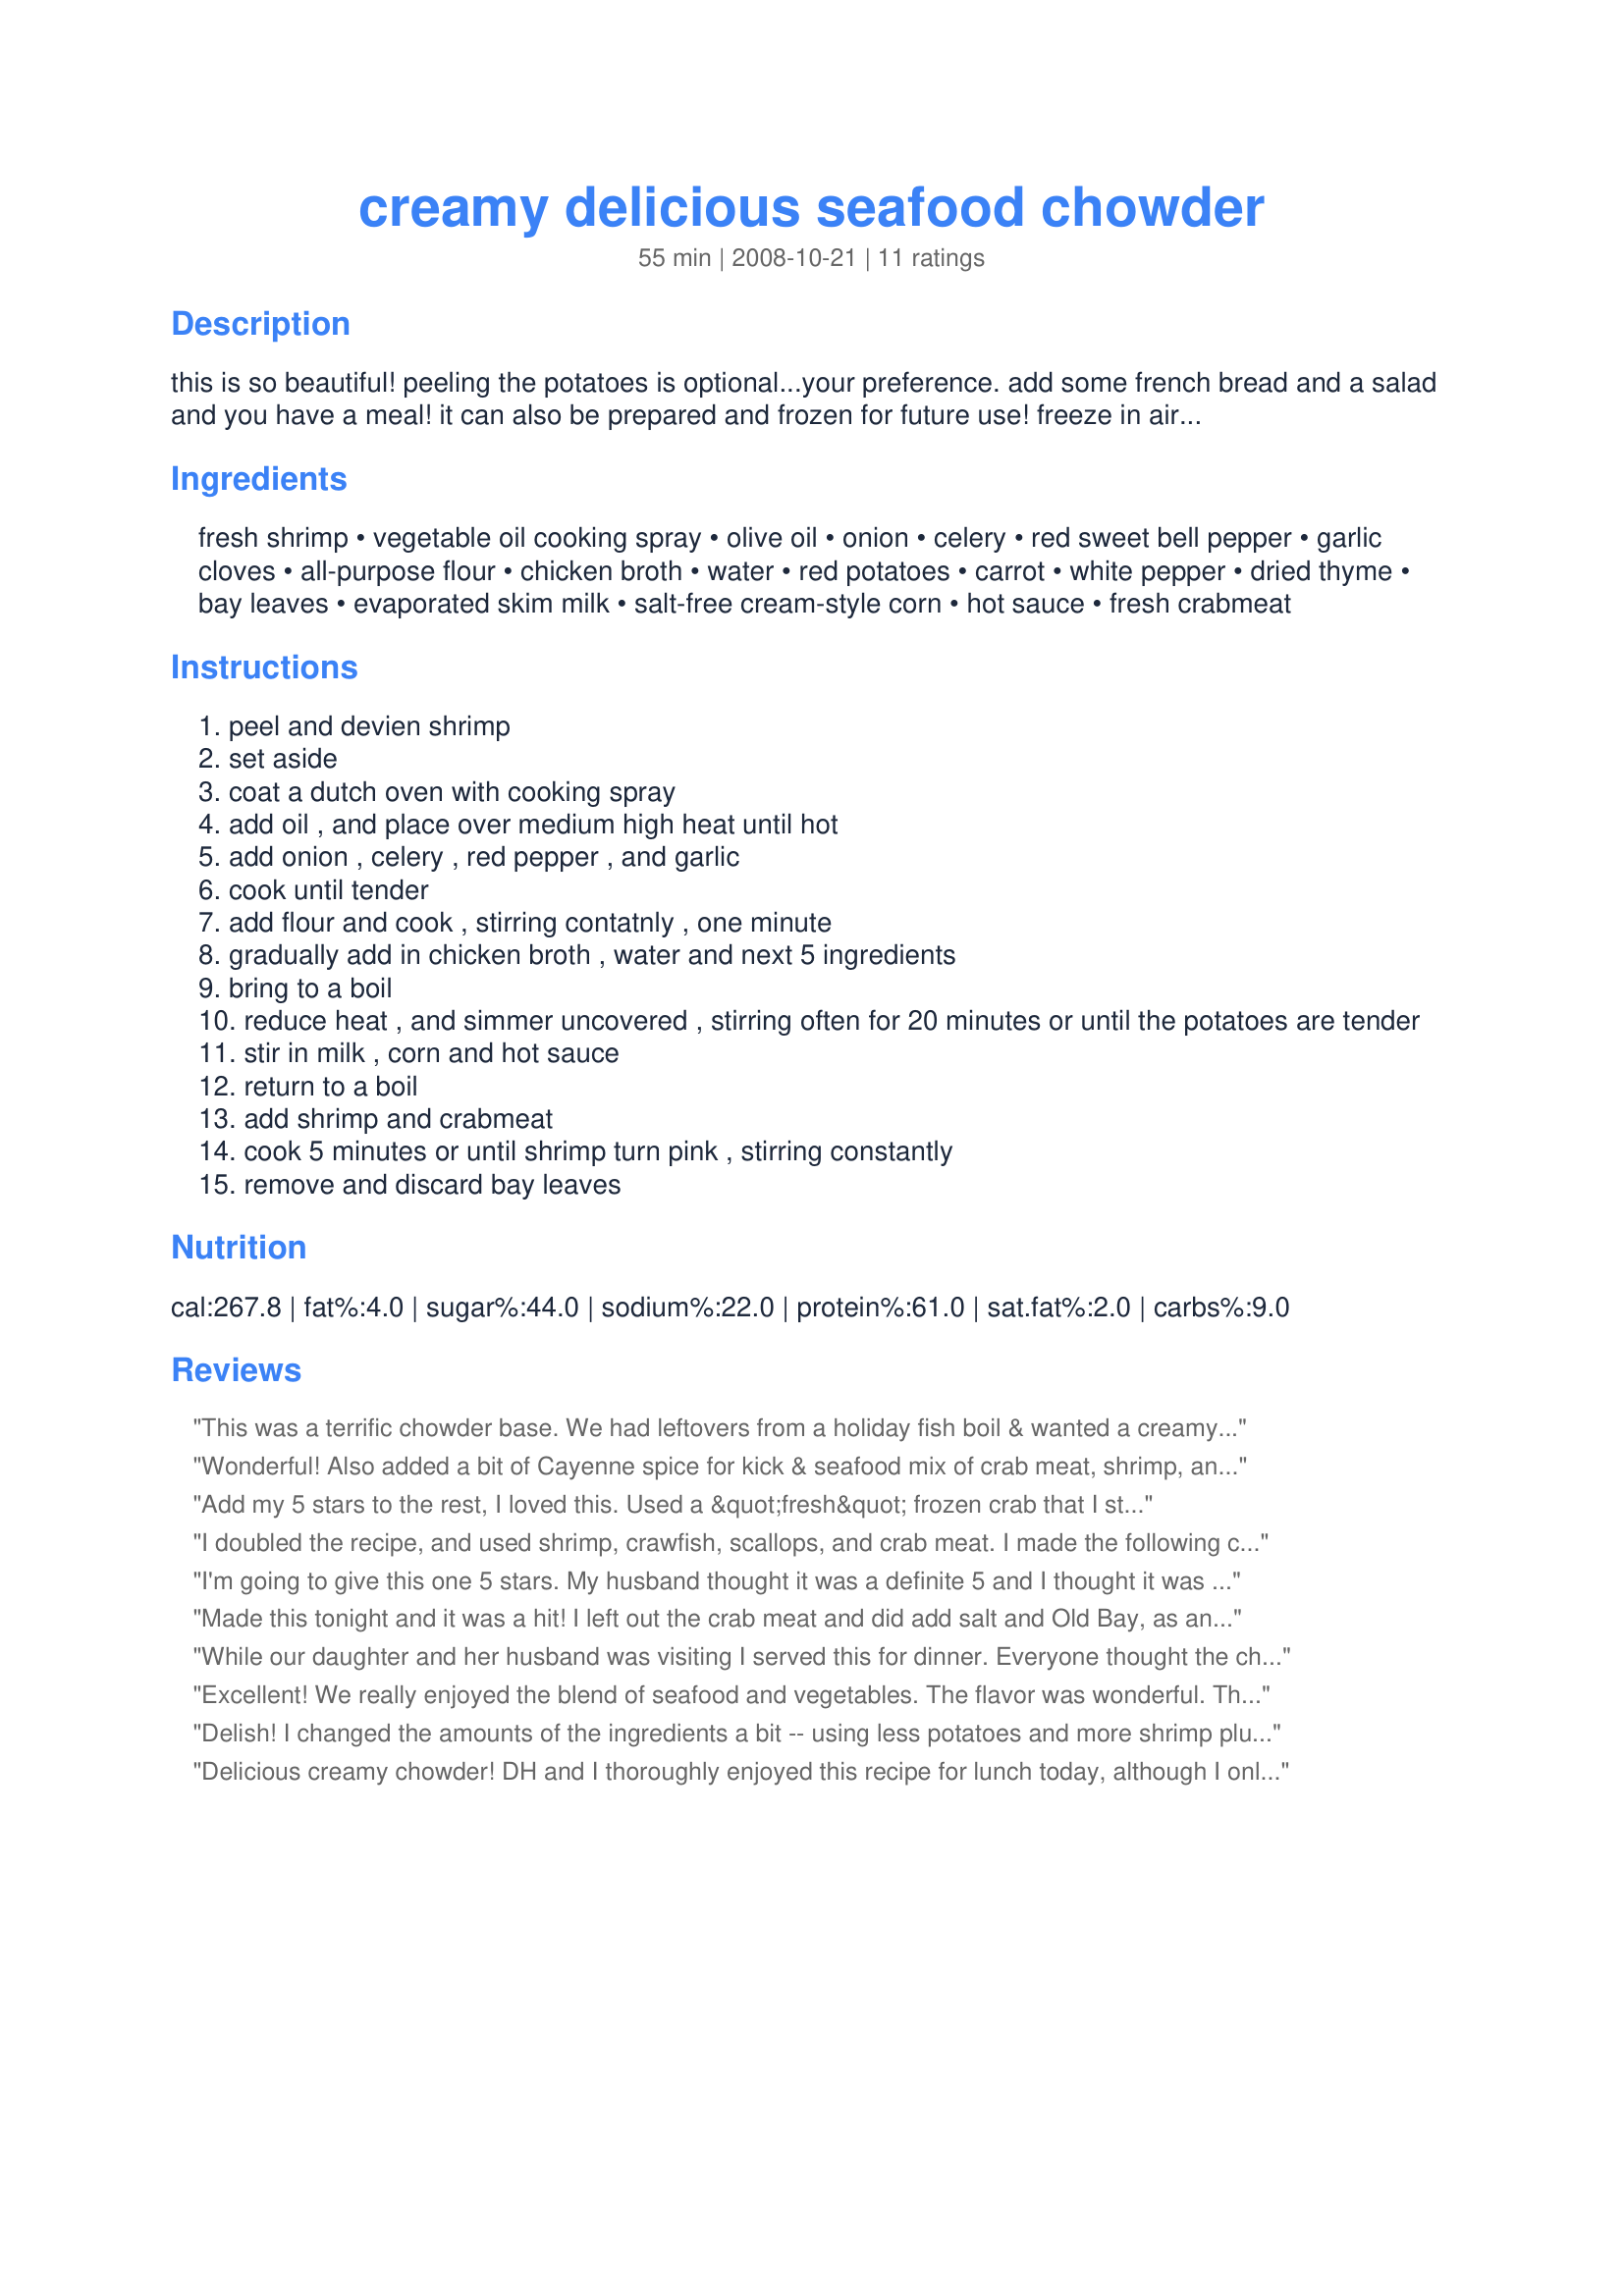
creamy delicious seafood chowder
Preparation time: 55 minutes

this is so beautiful! peeling the potatoes is optional...your preference. add some french bread and a salad and you have a meal! it can also be prepared and frozen for future use! freeze in airtight container, then thaw in refrigerator for 24 hours. place in a saucepan and cook over low heat until heated thoroughly....stir often! adapted from southern living.

Ingredients:
fresh shrimp, vegetable oil cooking spray, olive oil, onion, celery, red sweet bell pepper, garlic cloves, all-purpose flour, chicken broth, water, red potatoes, carrot, white pepper, dried thyme, bay leaves, evaporated skim milk, salt-free cream-style corn, hot sauce, fresh crabmeat

Steps:
peel and devien shrimp
set aside
coat a dutch oven with cooking spray
add oil , and place over medium high heat until hot
add onion , celery , red pepper , and garlic
cook until tender
add flour and cook , stirring contatnly , one minute
gradually add in chicken broth , water and next 5 ingredients
bring to a boil
reduce heat , and simmer uncovered , stirring often for 20 minutes or until the potatoes are tender
stir in milk , corn and hot sauce
return to a boil
add shrimp and crabmeat
cook 5 minutes or until shrimp turn pink , stirring constantly
remove and discard bay leaves

Reviews:
This was a terrific chowder base. We had leftovers from a holiday fish boil & wanted a creamy soup or stew to use up the leftovers. I made the base with the all chopped vegetables, then added the milk, leaving out the creamed corn & the potatoes, as mine were already cooked. When it was thickened & creamy, I added all my leftover potatoes, corn cut from the cob, crab, shrimp & hot sauce. Awesome!
Wonderful! Also added a bit of Cayenne spice for kick & seafood mix of crab meat, shrimp, and scallops. Also 1 cup heavy cream.
Add my 5 stars to the rest, I loved this. Used a &quot;fresh&quot; frozen crab that I steamed and cleaned which I enjoyed doing once again. The chowder is a great tasting and comforting meal in Fall&#039;s chilly and windy weather. I Should mention that I added a seafood stuffed calamari that I cut into rings and added just before the chowder was ready. Hearty and oh so good!
I doubled the recipe, and used shrimp, crawfish, scallops, and crab meat. I made the following changes the second time I made chowder: I only used half the amount of corn, added 1 tablespoon salt, added 1 1/2 tablespoons Old Bay seasoning, added black pepper and scallops. This is now a family favorite. It was our Christmas dinner this year. Thank you for a great recipe, ending my search for the "perfect chowder."
I'm going to give this one 5 stars. My husband thought it was a definite 5 and I thought it was a 4 - but let me explain that I'm not a fan of corn in any recipe and usually omit it but did not in this case. i was hoping for a more rich seafoody/potatoey flavor but this was almost sweet despite the triple amount of tabasco I put in. That being said, my husband would be the true judge of a recipe like this and he LOVED it! He's not a soup eater and was not crazy about this being served tonight...until he tasted it. He then proceeded to eat 3 bowls. I used 8 cloves of garlic and increase all veggie's by a tad bit. I used chicken stock rather than broth and I did not peel my potatoes (due to a serious problem in my house called the ever missing potato peeler!). The store I got my ingredients at also did not have the fat free evaporated milk so I used 2%. Very tasty...very rich. Despite being so low in fat. Gotta love these super low fat dishes that still deliver a wallop of a punch of flavor! Great job here! Made for Photo Tag - Winter Game.
Made this tonight and it was a hit! I left out the crab meat and did add salt and Old Bay, as another rater suggested. I also ended up adding a little more chicken broth when I added the evaporated milk and creamed corn. Yummy!
While our daughter and her husband was visiting I served this for dinner. Everyone thought the chowder was more of a soup. I guess we are use to thick chowder. We also thought it lacked some flavor, it was on the bland side. I loved the ease of preparation and it looked great plated. Thanks for posting.
Excellent! We really enjoyed the blend of seafood and vegetables. The flavor was wonderful. Thanks for sharing!
Delish! I changed the amounts of the ingredients a bit -- using less potatoes and more shrimp plus changing other ingredients slightly based on what size my cans were. I also skipped the hot sauce (out of) -- we all enjoyed this very hearty chowder which made enough for a second meal for later on. Thanks for sharing!
Delicious creamy chowder! DH and I thoroughly enjoyed this recipe for lunch today, although I only used shrimp in it as crab meat is so expensive. So easy to make too!
Made for "TYM - Theirs Yours & Mine photo tag game (October 09)."
I love chowder and this one was so delicious! I loved the rich broth from the evaporated milk, and the seafood and corn gave it so much flavor. I didn't add the red pepper, as I thought I would like it better without. I cut the recipe in half and now wish I had made the whole batch, because we enjoyed it so much! I could have eaten it for a couple of more days and been very happy :) Thank you for sharing this yummy recipe with us Breezermom! Made for 123 Hit Wonders 2/09 Linda
